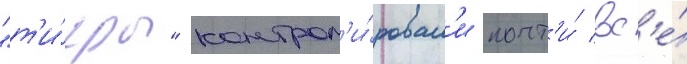
"т'и́гры" контрол'и́ровал'и почт'и́ вс'е́